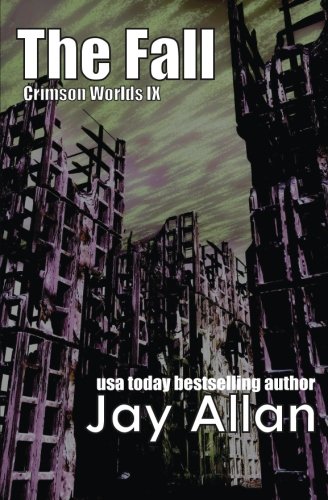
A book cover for The Fall  (Crimson Worlds) (Volume 9); Jay Allan; Science Fiction & Fantasy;